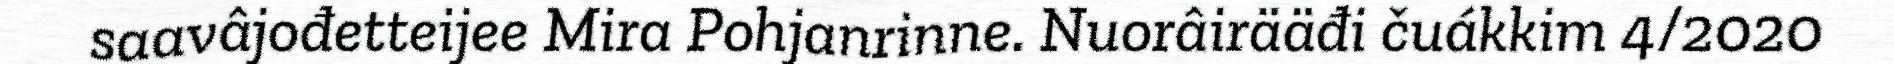
saavâjođetteijee Mira Pohjanrinne. Nuorâirääđi čuákkim 4/2020